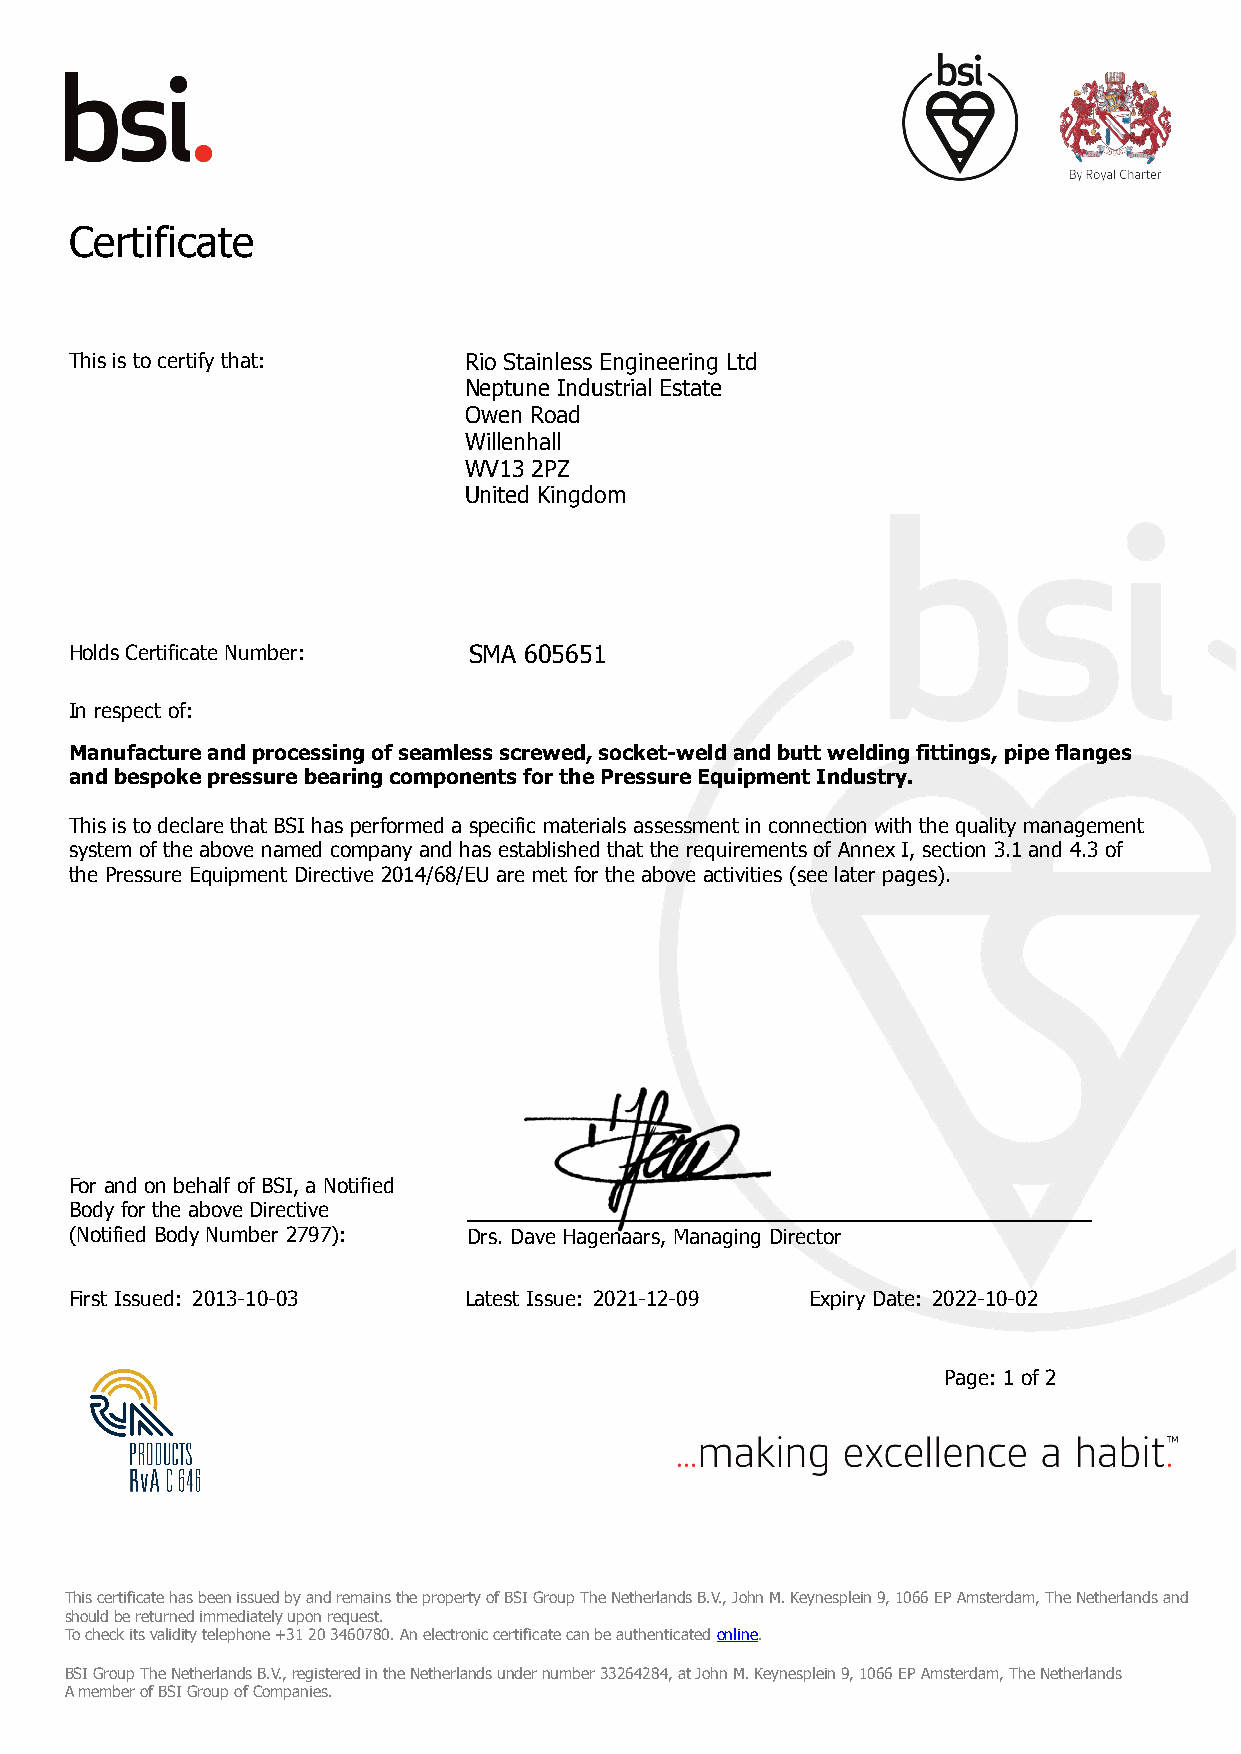
Certificate
 Certificate
 No. SMA 605651
 This is to certify that:  Rio Stainless Engineering Ltd
 Neptune Industrial Estate
 Owen Road
 Willenhall
 WV13 2PZ
 United Kingdom
 Holds Certificate Number: SMA 605651
 In respect of:
 Manufacture and processing of seamless screwed, socket-weld and butt welding fittings, pipe flanges
 and bespoke pressure bearing components for the Pressure Equipment Industry.
 This is to declare that BSI has performed a specific materials assessment in connection with the quality management
 system of the above named company and has established that the requirements of Annex I, section 3.1 and 4.3 of
 the Pressure Equipment Directive 2014/68/EU are met for the above activities (see later pages).
 For and on behalf of BSI, a Notified
 Body for the above Directive
 (Notified Body Number 2797): Drs. Dave Hagenaars, Managing Director
 First Issued: 2013-10-03  Latest Issue: 2021-12-09 Expiry Date: 2022-10-02
 Page: 1 of 2
 First Issued: 2013-10-03  Latest Issue: 2021-12-09 Expiry Date: 2022-10-02
 Page: 1 of 2
 TThhiiss cceerrttiiffiiccaattee hhaass bbeeeenn iissssuueedd bbyy aanndd rreemmaaiinnss tthhee pprrooppeerrttyy ooff BBSSII GGrroouupp TThhee NNeetthheerrllaannddss BB..VV..,, JJoohhnn MM.. KKeeyynneesspplleeiinn 99,, 11006666 EEPP AAmmsstteerrddaamm,, TThhee NNeetthheerrllaannddss aanndd
 sshhoouulldd bbee rreettuurrnneedd iimmmmeeddiiaatteellyy uuppoonn rreeqquueesstt..
 TToo cchheecckk iittss vvaalliiddiittyy tteelleepphhoonnee ++3311 2200 33446600778800.. AAnn eelleeccttrroonniicc cceerrttiiffiiccaattee ccaann bbee aauutthheennttiiccaatteedd oonnlliinnee..
 BBSSII GGrroouupp TThhee NNeetthheerrllaannddss BB..VV..,, rreeggiisstteerreedd iinn tthhee NNeetthheerrllaannddss uunnddeerr nnuummbbeerr 3333226644228844,, aatt JJoohhnn MM.. KKeeyynneesspplleeiinn 99,, 11006666 EEPP AAmmsstteerrddaamm,, TThhee NNeetthheerrllaannddss
 AA mmeemmbbeerr ooff BBSSII GGrroouupp ooff CCoommppaanniieess..